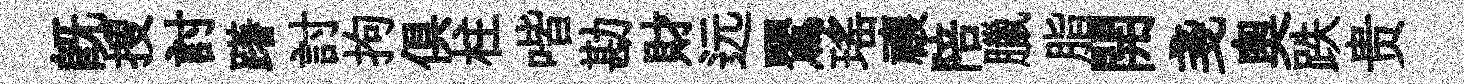
既搜討躇討拘俱柱喈勘財远鸎瑤禳陪臘脂開戔奥跌贵